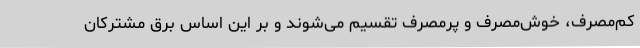
کم‌مصرف، خوش‌مصرف و پرمصرف تقسیم می‌شوند و بر این اساس برق مشترکان